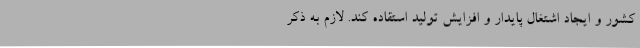
کشور و ایجاد اشتغال پایدار و افزایش تولید استقاده کند. لازم به ذکر